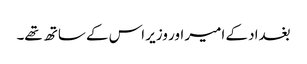
بغداد کے امیر اور وزیر اس کے ساتھ تھے۔